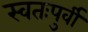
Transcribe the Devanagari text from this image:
स्वतःपुर्वी